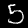
Digit: 5